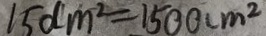
1 5 d m ^ { 2 } = 1 5 0 0 c m ^ { 2 }